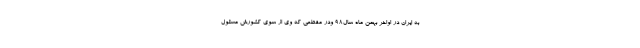
به ایران در اواخر بهمن ماه سال۹۸ ودر مقطعی که وی از سوی کشورش مسئول